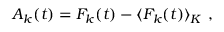
A _ { k } ( t ) = F _ { k } ( t ) - \langle F _ { k } ( t ) \rangle _ { K } \ ,